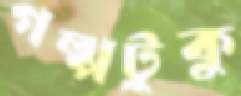
গল্পটুকু